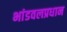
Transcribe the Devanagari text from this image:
भांडवलप्रधान